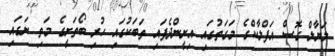
ލަޔާލް ގޮސް އަފްލާކްގެ މަގަތުގައި އިށީންދެފައި ތަބަކުގައި ހުރި ބޯތަށީގެ މަތި ނަގައި